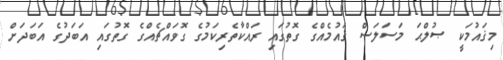
މިޤައުމަކީ ޞުލްޙަ މަސަލަސް ޤައުމެއްގެ ގޮތުގައި ރައްކާތެރިކަމުގެ ގޮވައްޗެއްގެ ގޮތުގައި އަބަދުގެ އަބަދަށް